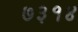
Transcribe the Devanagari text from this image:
७३१४